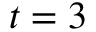
t = 3